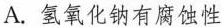
A.氢氧化钠有腐蚀性